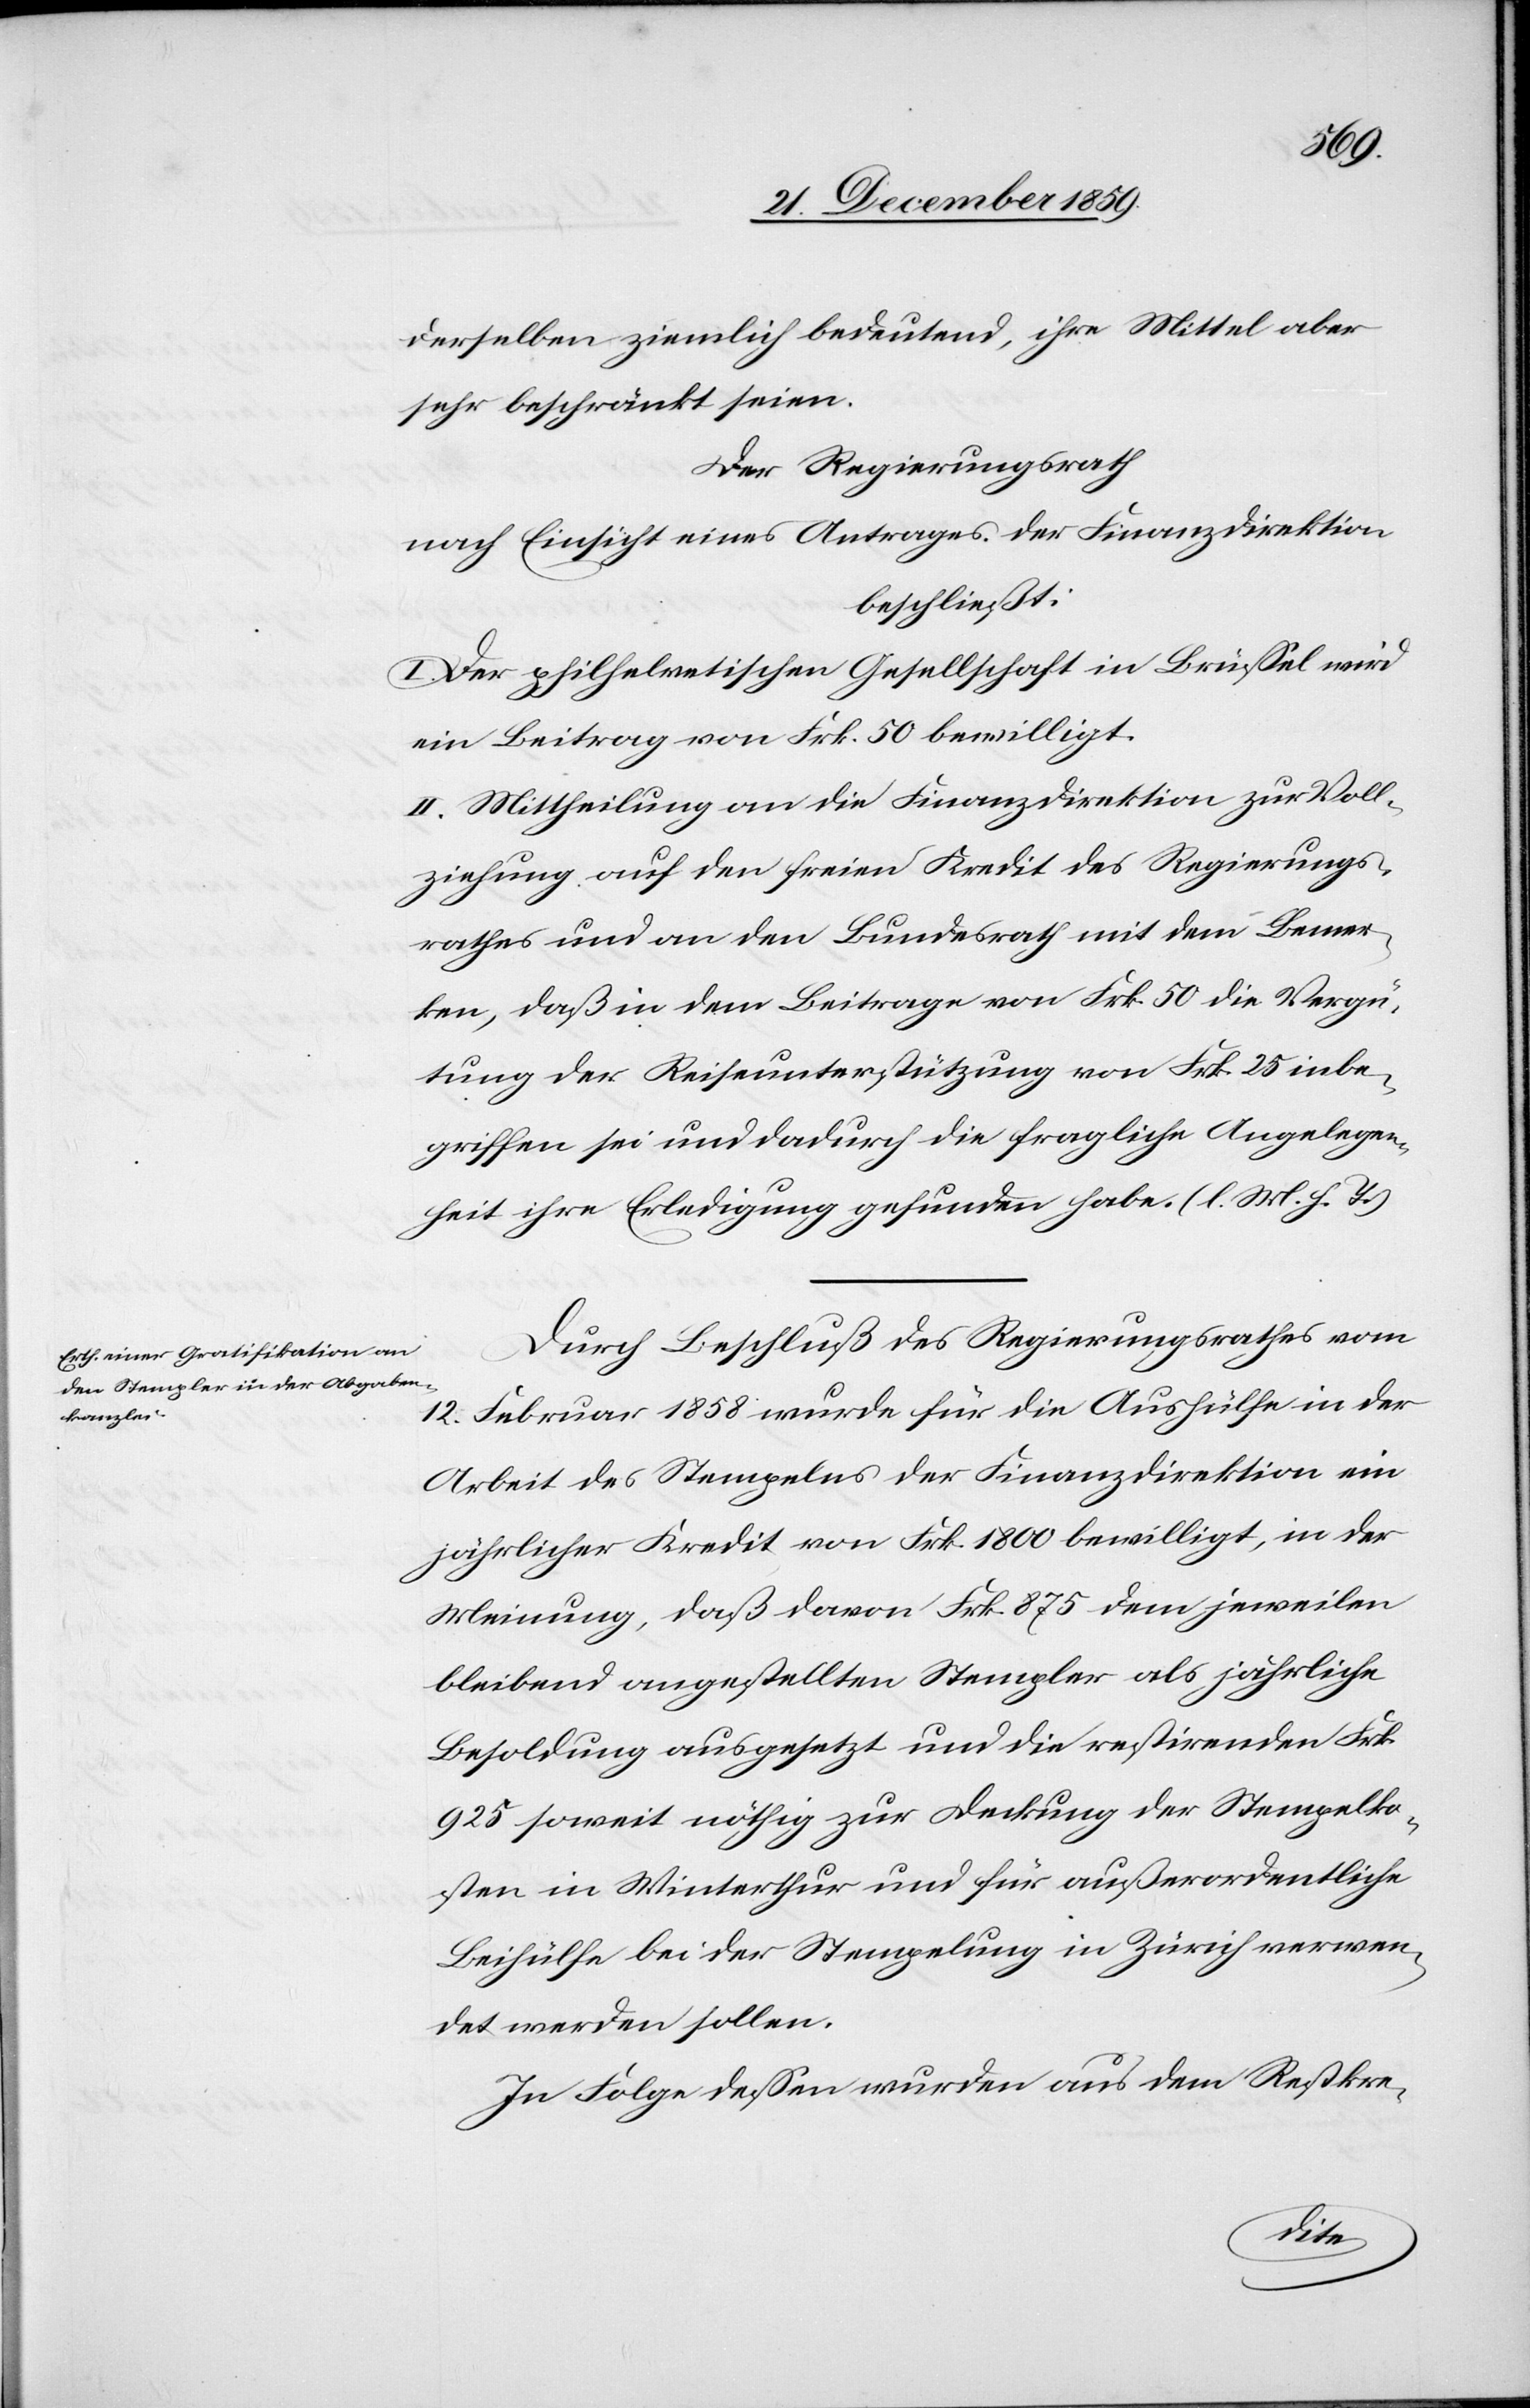
derselben ziemlich bedeutend, ihre Mittel aber
sehr beschränkt seien.
Der Regierungsrath
nach Einsicht eines Antrages der Finanzdirektion
beschließt:
I. Der philhelvetischen Gesellschaft in Brüssel wird
ein Beitrag von Frk. 50 bewilligt.
II. Mittheilung an die Finanzdirektion zur Voll¬
ziehung auf den freien Kredit des Regierungs¬
rathes und an den Bundesrath mit dem Bemer¬
ken, daß in dem Beitrage von Frk. 50 die Vergü¬
tung der Reiseunterstützung von Frk. 25 inbe¬
griffen sei und dadurch die fragliche Angelegen¬
heit ihre Erledigung gefunden habe. (l. M. h. T.)
Durch Beschluß des Regierungsrathes vom
12. Februar 1858 wurde für die Aushülfe in der
Arbeit des Stempelns der Finanzdirektion ein
jährlicher Kredit von Frk. 1800 bewilligt, in der
Meinung, daß davon Frk. 875 dem jeweilen
bleibend angestellten Stempler als jährliche
Besoldung ausgesetzt und die restirenden Frk.
925 soweit nöthig zur Deckung der Stempelko¬
sten in Winterthur und für außerordentliche
Beihülfe bei der Stempelung in Zürich verwen¬
det werden sollen.
In Folge dessen wurde aus dem Restkre-